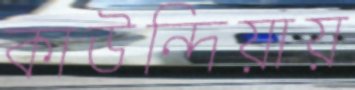
কাউন্দিয়ায়